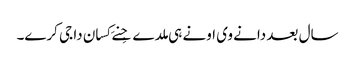
سال بعد دانے وی اونے ہی ملدے جِنے کِسان دا جی کرے۔